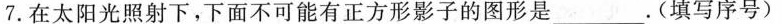
7.在太阳光照射下，下面不可能有正方形影子的图形是___。(填写序号)